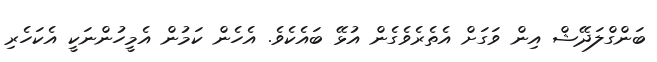
ބަންގްލަދޭޝް އިން ވަގަށް އެތެރެވެގެން އުޅޭ ބައެކެވެ. އެހެން ކަމުން އެމީހުންނަކީ އެކަހެރި